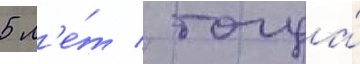
5 л'е́т / тогда́